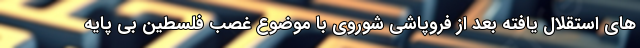
های استقلال یافته بعد از فروپاشی شوروی با موضوع غصب فلسطین بی پایه